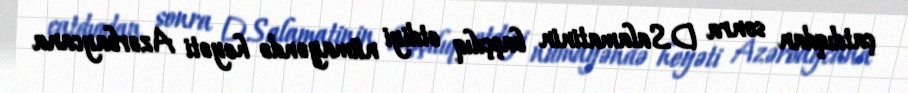
çatdıqdan sonra D.Salamatinin başçılıq etdiyi nümayəndə heyəti Azərbaycana